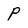
Character: P